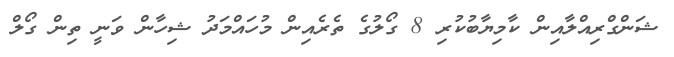
ޝަންގްރިއްލާއިން ކާމިޔާބުކުރި 8 ގޯލުގެ ތެރެއިން މުހައްމަދު ޝިހާން ވަނީ ތިން ގޯލް